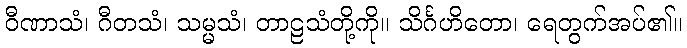
ဝီဏာသံ၊ ဂီတသံ၊ သမ္မသံ၊ တာဠသံတို့ကို။ သိင်္ဂဟိတော၊ ရေတွက်အပ်၏။